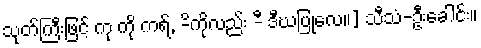
သုတ်ကြီးဖြင့် ကု ကို ကရ်, -ိကိုလည်း -ီ ဒီဃပြုလေ။] သီသံ-ဦးခေါင်း။